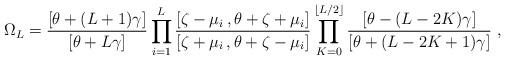
LaTeX: \begin{align*}\Omega_L = \frac{[\theta+(L+1)\gamma]}{[\theta+ L \gamma]} \prod_{i=1}^L \frac{[\zeta-\mu_i \,, \theta+\zeta+\mu_i]}{[\zeta+\mu_i \,, \theta+\zeta-\mu_i]} \prod_{K = 0}^{\lfloor L/2 \rfloor} \frac{[\theta-(L-2 K)\gamma]}{[\theta+(L-2 K +1)\gamma]} \ ,\end{align*}